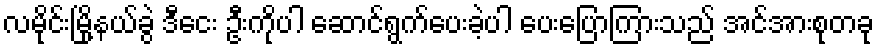
လမိုင်းမြို့နယ်ခွဲ ဒီငေး ဦးကိုပါ ဆောင်ရွက်ပေးခဲ့ပါ ပေးပြောကြားသည် အင်အားစုတခု